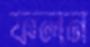
ফলন